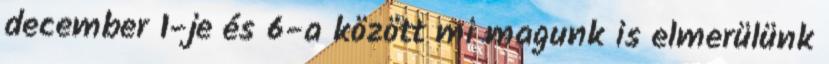
december 1-je és 6-a között mi magunk is elmerülünk